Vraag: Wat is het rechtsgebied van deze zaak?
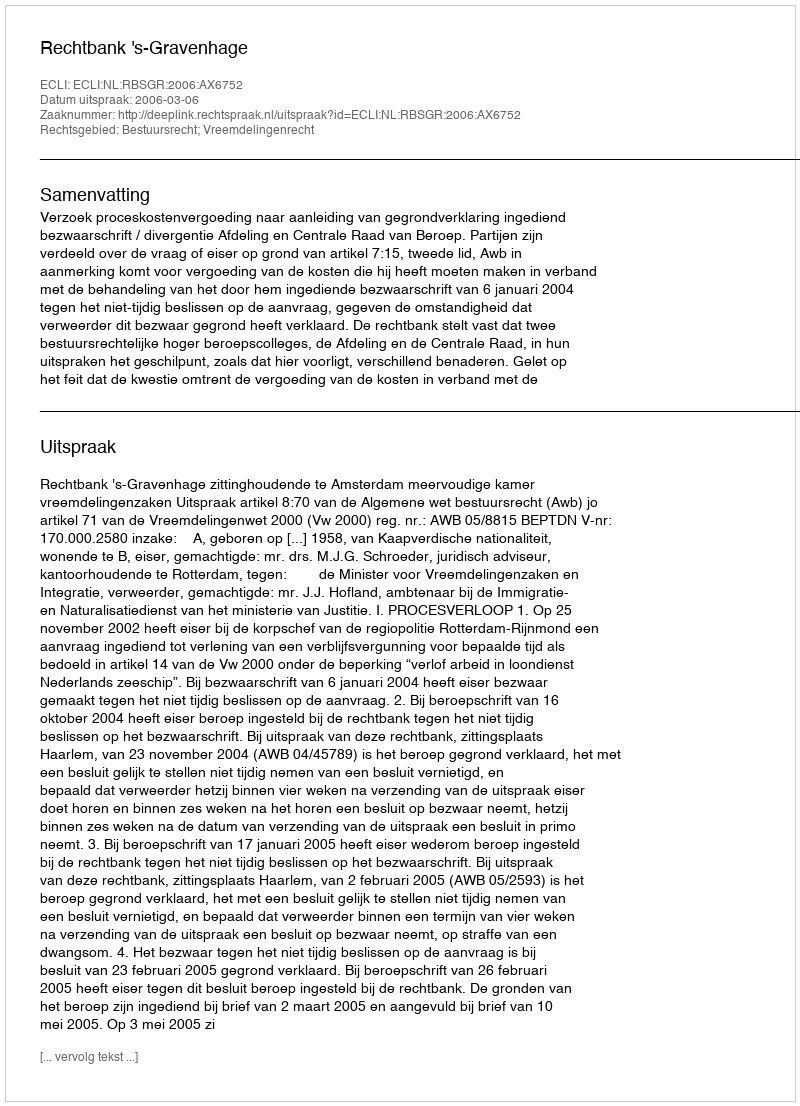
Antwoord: Bestuursrecht; Vreemdelingenrecht